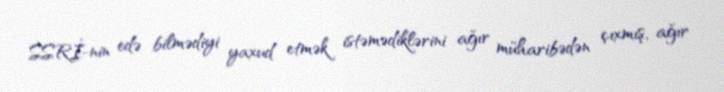
SSRİ-nin edə bilmədiyi yaxud etmək istəmədiklərini ağır müharibədən çıxmış, ağır